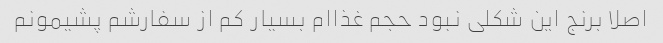
اصلا برنج این شکلی نبود حجم غذاام بسیار کم از سفارشم پشیمونم